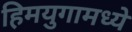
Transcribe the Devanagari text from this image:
हिमयुगामध्ये